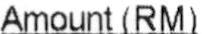
AMOUNT (RM)